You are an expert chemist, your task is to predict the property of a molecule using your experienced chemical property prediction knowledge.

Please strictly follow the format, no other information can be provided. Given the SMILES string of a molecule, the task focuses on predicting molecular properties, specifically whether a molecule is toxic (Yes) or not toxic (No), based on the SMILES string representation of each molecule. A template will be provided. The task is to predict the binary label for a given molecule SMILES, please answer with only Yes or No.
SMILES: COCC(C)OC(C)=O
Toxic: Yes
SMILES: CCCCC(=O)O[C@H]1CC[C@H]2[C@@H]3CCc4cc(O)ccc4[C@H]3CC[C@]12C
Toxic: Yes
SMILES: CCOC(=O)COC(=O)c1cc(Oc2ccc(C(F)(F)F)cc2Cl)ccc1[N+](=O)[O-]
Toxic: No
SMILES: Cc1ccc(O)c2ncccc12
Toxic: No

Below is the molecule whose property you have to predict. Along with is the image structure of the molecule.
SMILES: CC=CC=O
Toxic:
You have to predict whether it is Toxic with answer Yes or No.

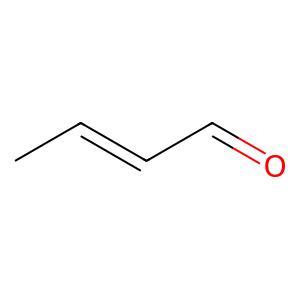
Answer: No